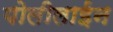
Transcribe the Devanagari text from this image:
पोलीलाईन